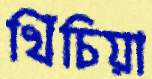
খিঁচিয়া